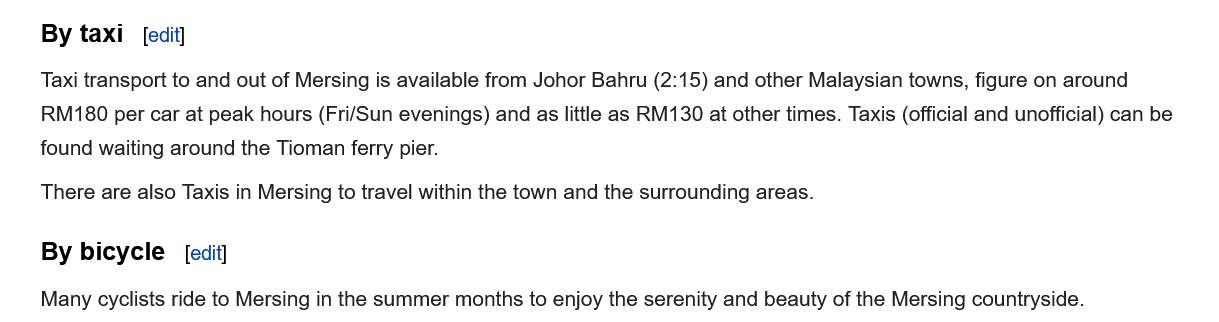
By taxi
    Taxi transport to and out of Mersing is available from Johor Bahru (2:15) and other Malaysian towns, figure on around
    RM180 per car at peak hours (Fri/Sun evenings) and as little as RM130 at other times. Taxis (official and unofficial) can be
    found waiting around the Tioman ferry pier.
    There are also Taxis in Mersing to travel within the town and the surrounding areas.
    By  bicycle
    Many cyclists ride to Mersing in the summer months to enjoy the serenity and beauty of the Mersing countryside.
     [edit]
     [edit]